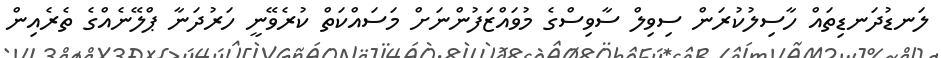
ލަނޑުދަނޑިތައް ހާސިލުކުރަން ސިވިލް ސާވިސްގެ މުވައްޒަފުންނަށް މަސައްކަތް ކުރެވޭނީ ހަރުދަނާ ޕްލޭނެއްގެ ތެރެއިން